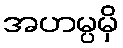
အဟမ္ပမှိ